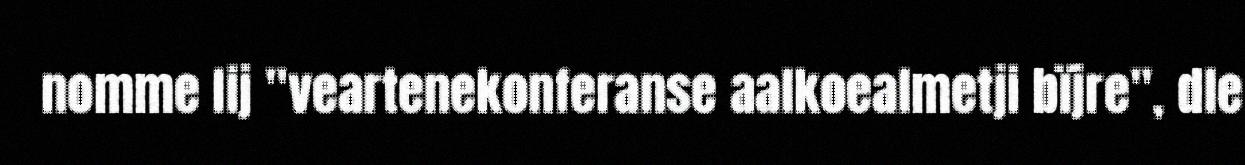
nomme lij "veartenekonferanse aalkoealmetji bïjre", dle